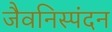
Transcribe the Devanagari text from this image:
जैवनिस्पंदन